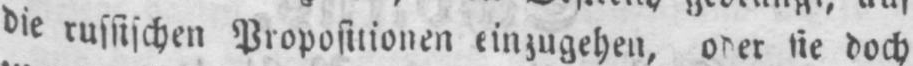
die russischen Propositionen einzugehen, oder sie doch